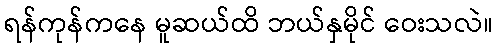
ရန်ကုန်ကနေ မူဆယ်ထိ ဘယ်နှမိုင် ဝေးသလဲ။